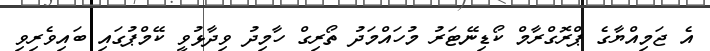
އެ ޖަމިއްޔާގެ ޕްރޮގްރާމް ކޯޑިނޭޓަރު މުހައްމަދު ތޯރިގް ހާމިދު ވިދާޅުވީ ކޭމްޕުގައި ބައިވެރިވި